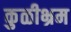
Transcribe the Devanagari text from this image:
कुळीभ्रम